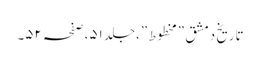
تاریخ دمشق ”مخطوط”،جلد ٥١،صفحہ ٥٢۔